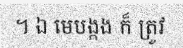
។ ឯ មេបង្កង ក៏ ត្រូវ